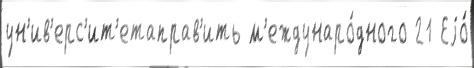
ун'ив'ерс'ит'етаправ'ить м'еждунаро́дного 21 Еjо́